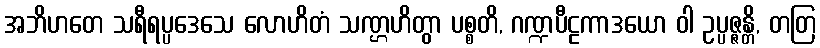
အဘိဟတေ သရီရပ္ပဒေသေ လောဟိတံ သဏ္ဌဟိတွာ ပစ္စတိ, ဂဏ္ဍပီဠကာဒယော ဝါ ဥပ္ပဇ္ဇန္တိ, တတြ